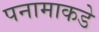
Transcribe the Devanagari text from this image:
पनामाकडे